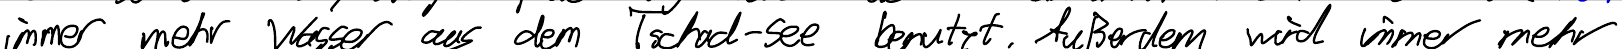
immer mehr Wasser aus dem Tschad-See benutzt. Außerdem wird immer mehr